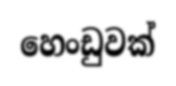
හෙංඩුවක්